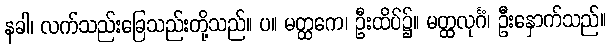
နခါ၊ လက်သည်းခြေသည်းတို့သည်။ ပ။ မတ္ထကေ၊ ဦးထိပ်၌။ မတ္ထလုင်္ဂံ၊ ဦးနှောက်သည်။